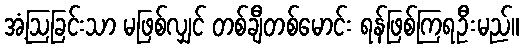
အံ့ဩခြင်းသာ မဖြစ်လျှင် တစ်ချီတစ်မောင်း ရန်ဖြစ်ကြရဦးမည်။